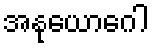
အနုယောဂေါ